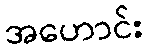
အဟောင်း